Document type: Dowry acquittance
Year: 1427
Scribe: Pere Tarafa
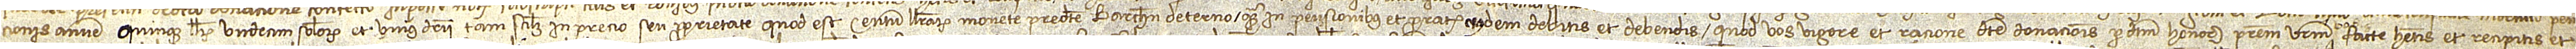
cionis annue quinque librarum, undecim solidorum et unius denarii, tam scilicet in precio seu proprietate, quod est centum librarum monete predicte Barchinone de terno, quam in pensionibus et prorate eiusdem debitis et debendis, quod vos vigore et racione dicte donacionis predictum honorabilem patrem vestrum vobis  facte habetis et recipitis et